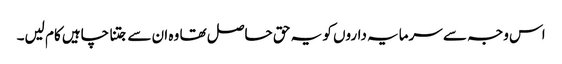
اس وجہ سے سرمایہ داروں کو یہ حق حاصل تھا وہ ان سے جتنا چاہیں کام لیں۔